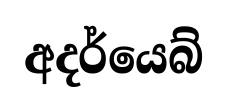
අදර්යෙබ්